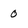
Character: 0